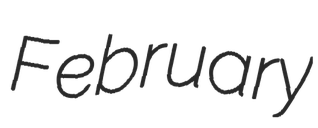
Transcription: February